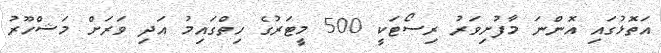
އަތޮޅުގައި އޮންނަ މާފުށިވަރު ރިސޯޓަކީ 500 މީޓަރުގެ ހިތްގައިމު އަދި ވަރަށް މަޝްހޫރު